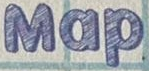
Map